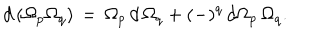
LaTeX: d \, ( \Omega _ { p } \Omega _ { q } ) \, = \, \Omega _ { p } \, d \, \Omega _ { q } + ( - ) ^ { q } \, d \Omega _ { p } \, \Omega _ { q } .